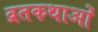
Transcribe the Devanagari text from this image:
व्रतकथाओं